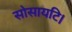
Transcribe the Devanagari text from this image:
सोसायटि।